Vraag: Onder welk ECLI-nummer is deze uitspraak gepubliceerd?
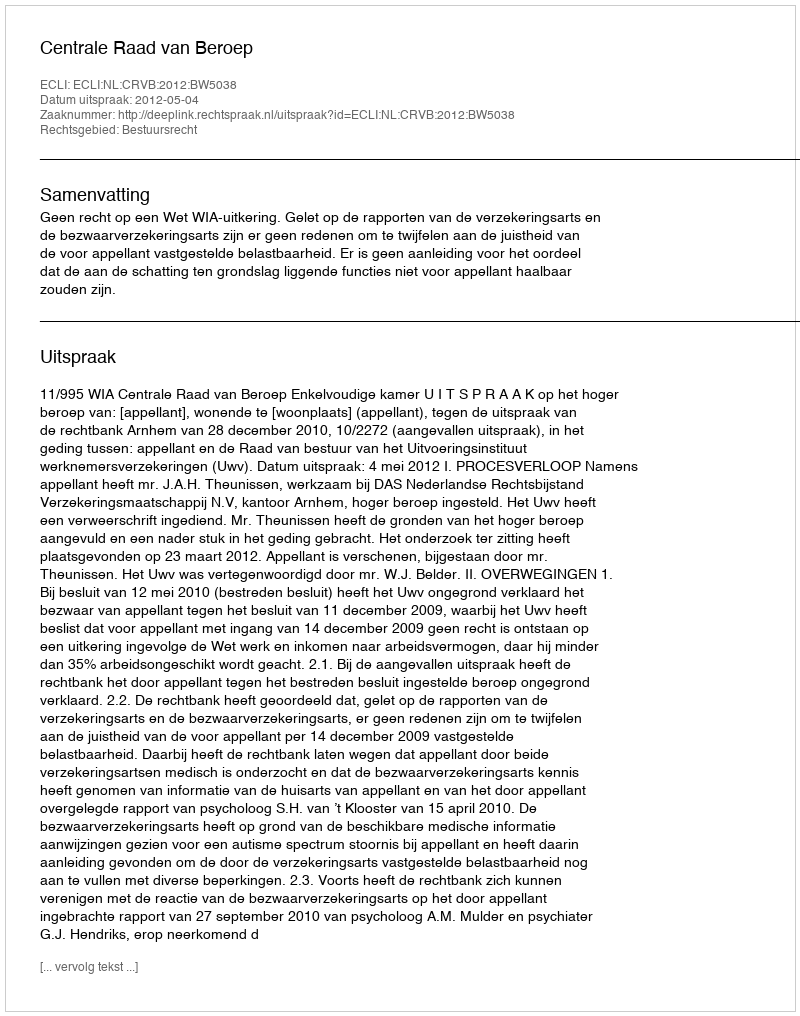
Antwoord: ECLI:NL:CRVB:2012:BW5038